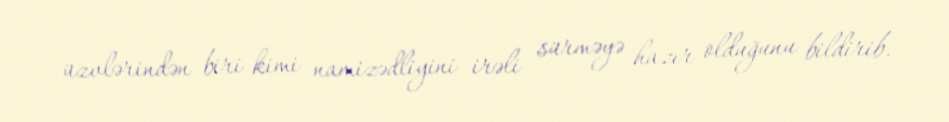
üzvlərindən biri kimi namizədliyini irəli sürməyə hazır olduğunu bildirib.